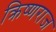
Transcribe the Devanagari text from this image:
क्रिष्णराज